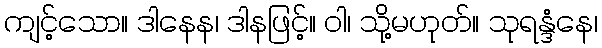
ကျင့်သော။ ဒါနေန၊ ဒါနဖြင့်။ ဝါ၊ သို့မဟုတ်။ သုရန္ဒံနေ၊